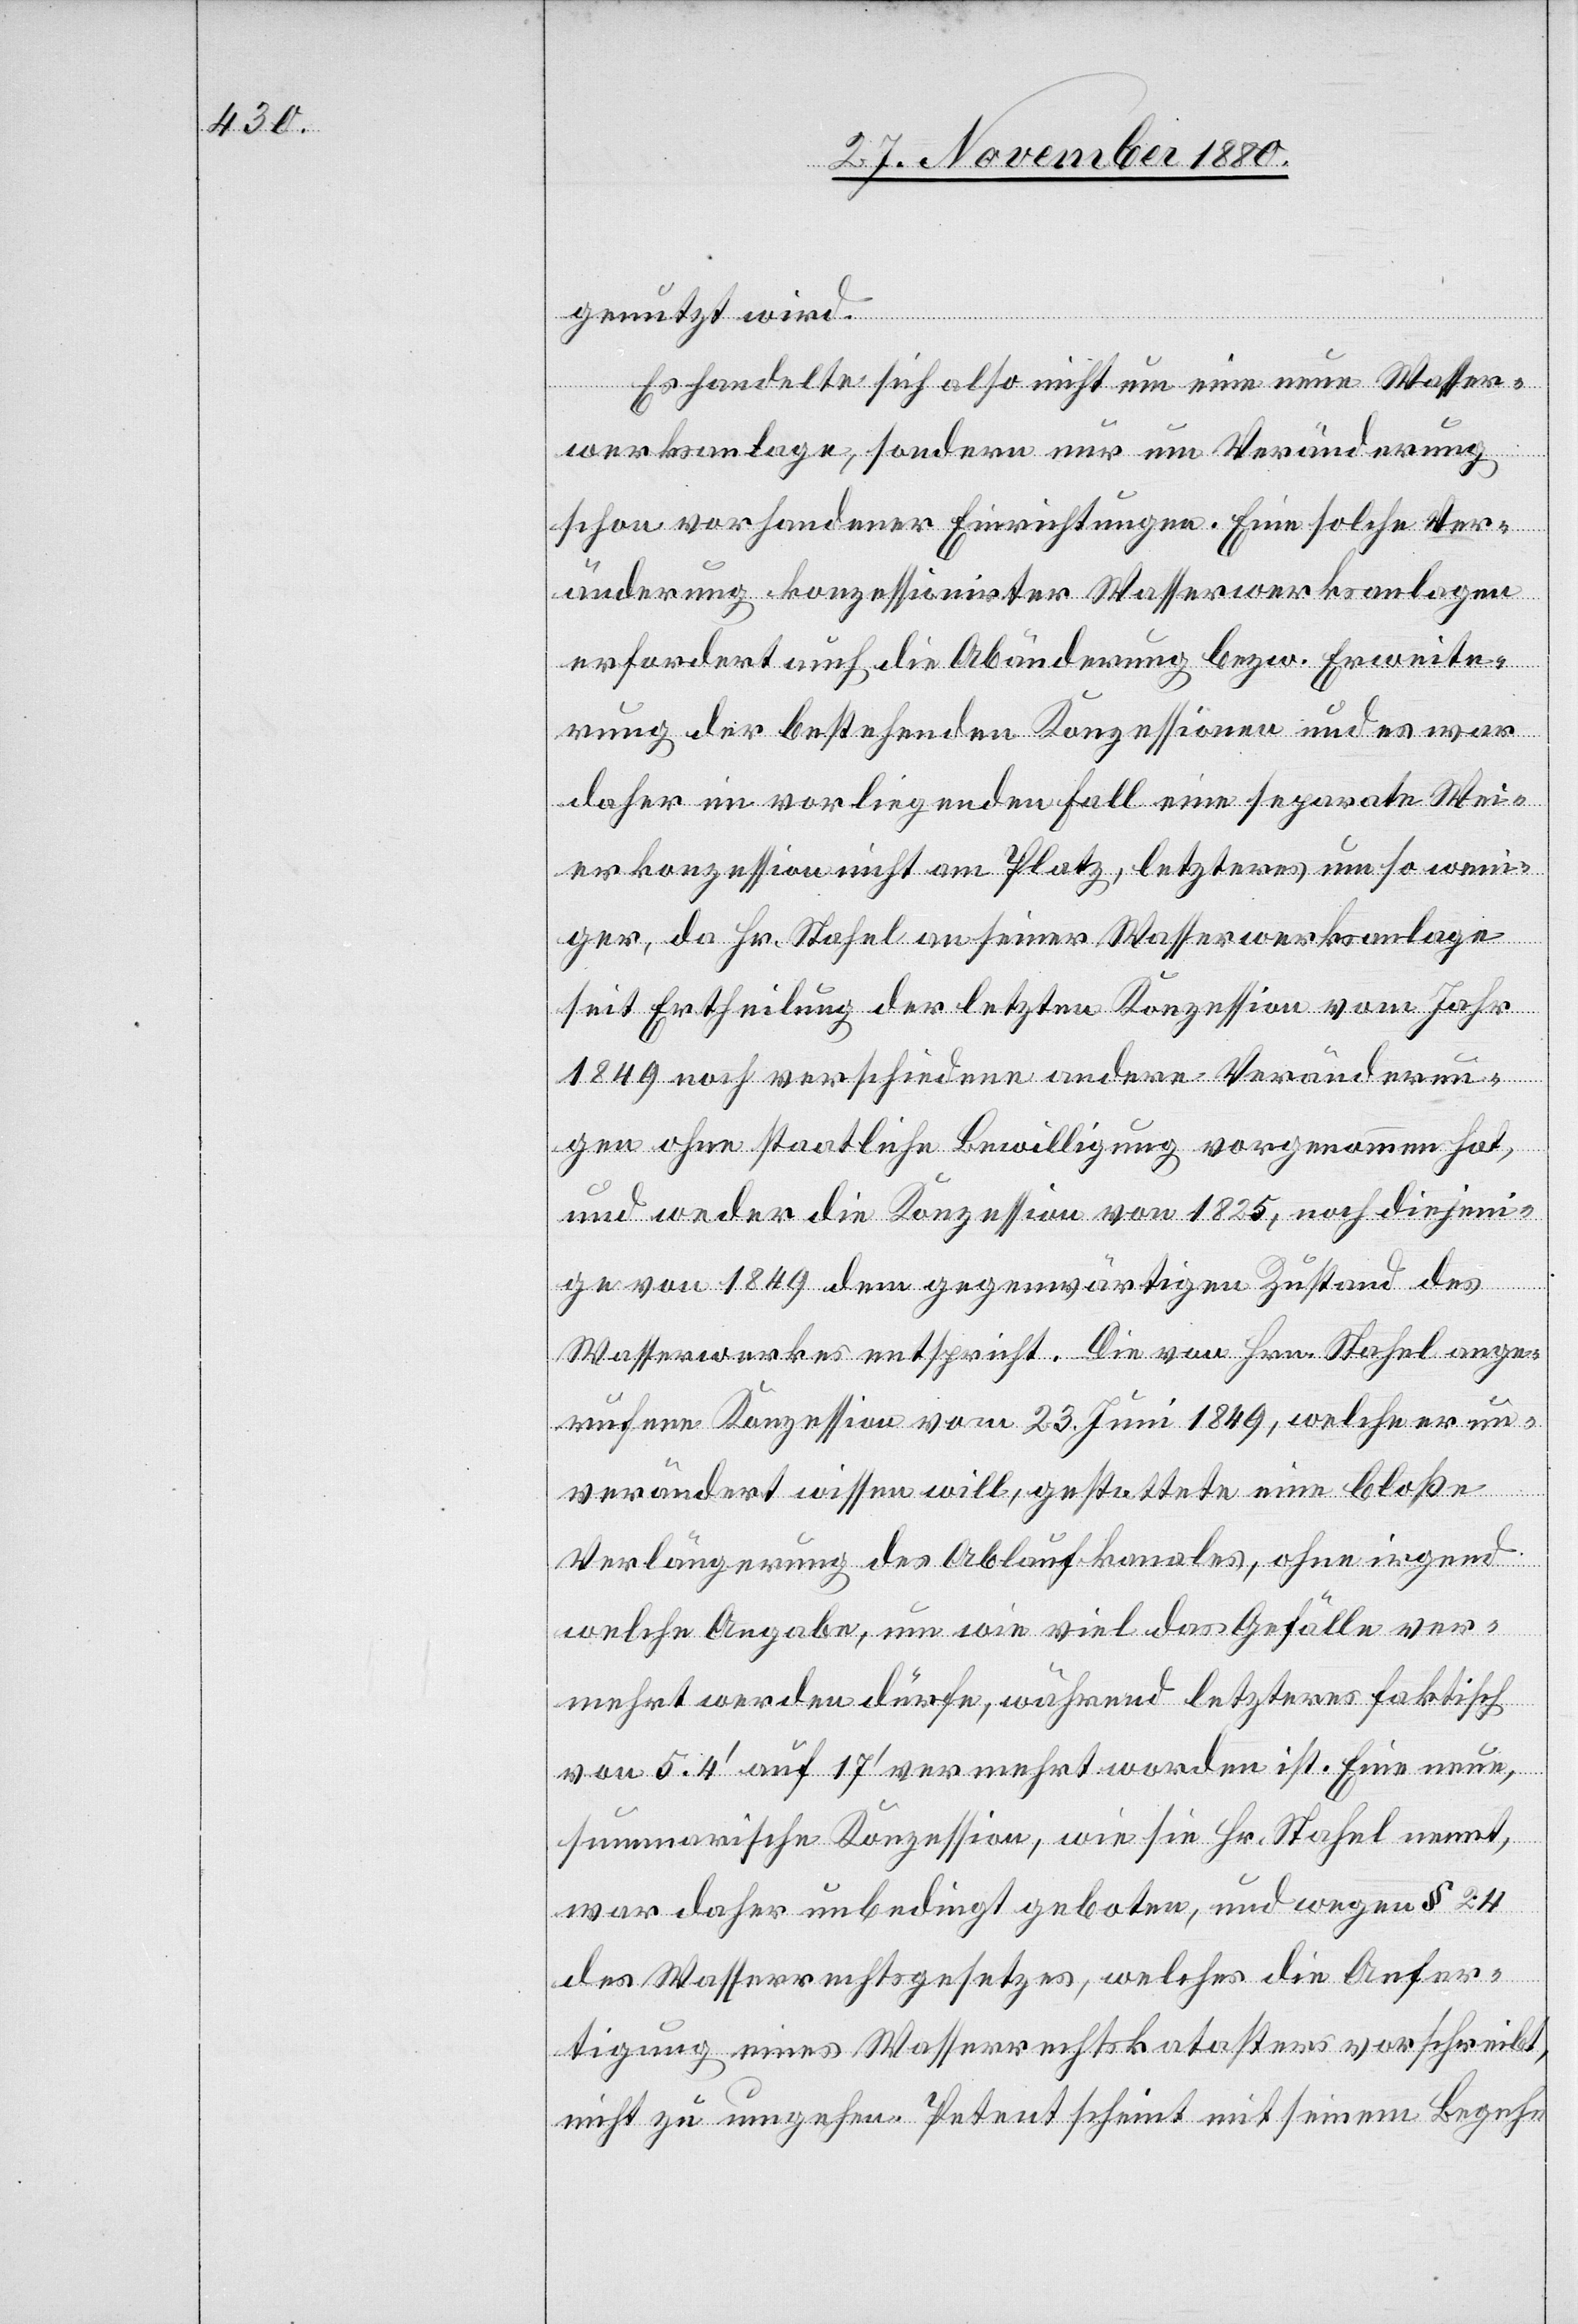
genutzt wird.
Es handelte sich also nicht um eine neue Wasser¬
werksanlage, sondern nur um Veränderung
schon vorhandener Einrichtungen. Eine solche Ver¬
änderung konzessionirter Wasserwerksanlagen
erfordert auch die Abänderung bezw. Erweite¬
rung der bestehenden Konzessionen und es war
daher im vorliegenden Fall eine separate Wei¬
erkonzession nicht am Platz, letzteres um so weni¬
ger, da Hr. Stahel an seiner Wasserwerksanlage
seit Ertheilung der letztern Konzession vom Jahr
1849 noch verschiedene andere Veränderun¬
gen ohne staatliche Bewilligung vorgenommen hat,
und weder die Konzession von 1825, noch diejeni¬
ge von 1849 dem gegenwärtigen Zustand des
Wasserwerkes entspricht. Die von Hrn. Stahel ange¬
rufene Konzession vom 23. Juni 1849, welche er un¬
verändert wissen will, gestattete eine bloße
Verlängerung des Ablaufkanales, ohne irgend¬
welche Angabe, um wie viel das Gefälle ver¬
mehrt werden dürfe, während letzteres faktisch
von 5.4‘ auf 17‘ vermehrt worden ist. Eine neue
summarische Konzession, wie sie Hr. Stahel nennt,
war daher unbedingt geboten, und wegen § 24
des Wasserrechtsgesetzes, welches die Anfer¬
tigung eines Wasserrechtskatasters vorschreibt,
nicht zu umgehen. Petent scheint mit seinem Begeh-